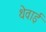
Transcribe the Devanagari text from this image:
थेवाई